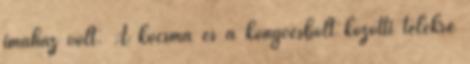
imaház volt. A kocsma és a könyvesbolt közötti telekre